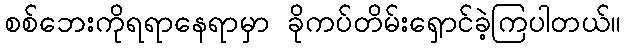
စစ်ဘေးကိုရရာနေရာမှာ ခိုကပ်တိမ်းရှောင်ခဲ့ကြပါတယ်။